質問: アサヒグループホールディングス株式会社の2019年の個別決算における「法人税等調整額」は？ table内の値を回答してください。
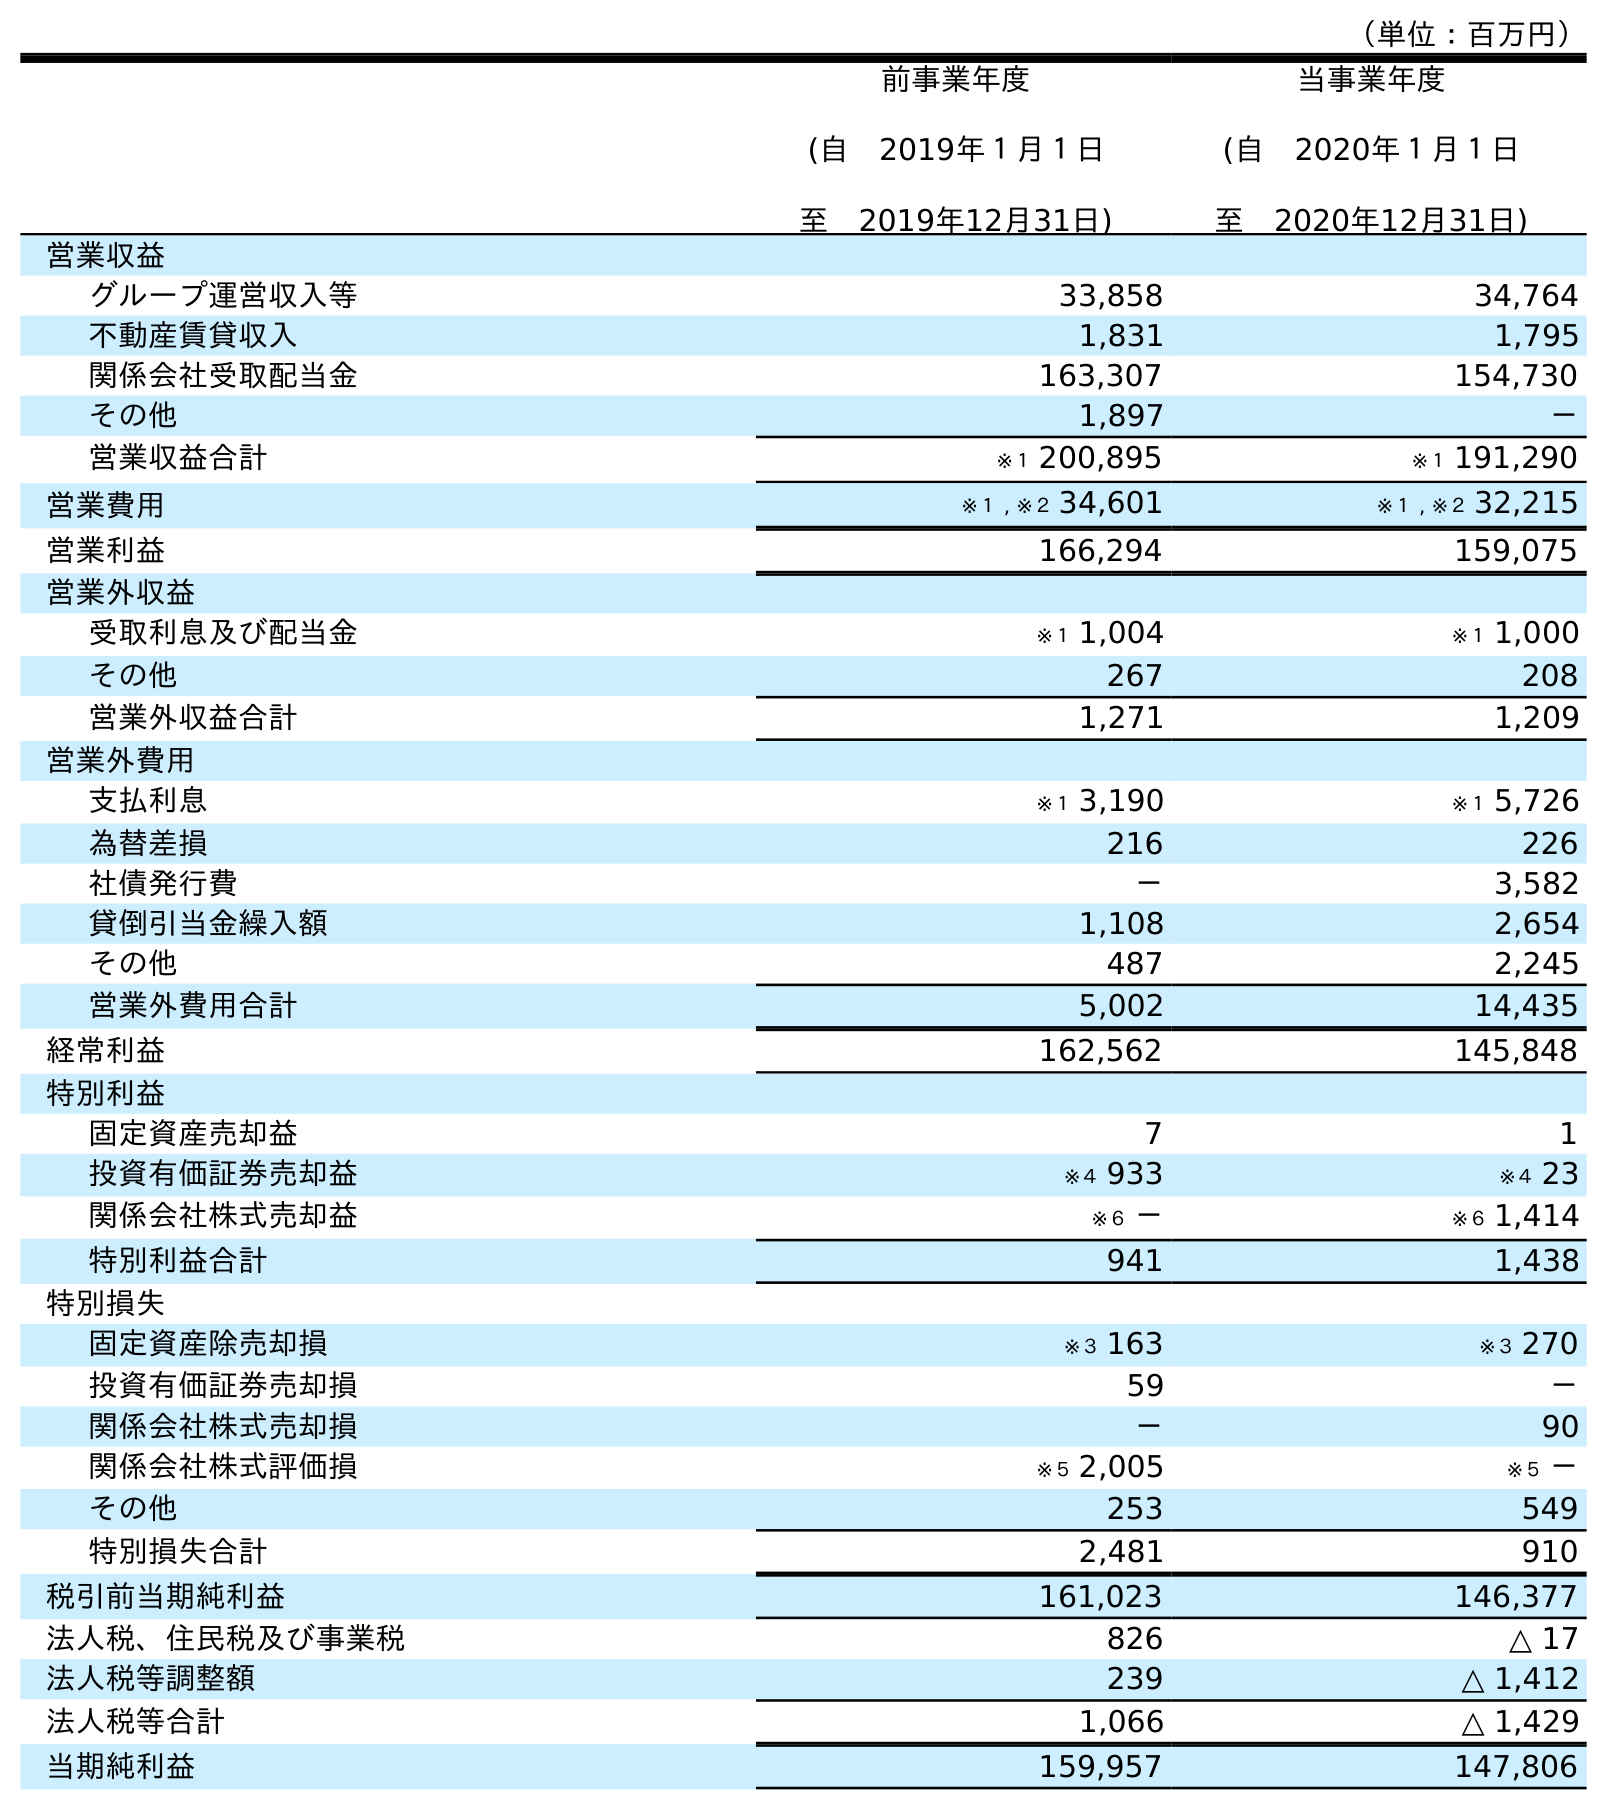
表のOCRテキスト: （単位：百万円） 前事業年度 (自 2019年１月１日 至 2019年12月31日) 当事業年度 (自 2020年１月１日 至 2020年12月31日) 営業収益 グループ運営収入等 33,858 34,764 不動産賃貸収入 1,831 1,795 関係会社受取配当金 163,307 154,730 その他 1,897 － 営業収益合計 ※１ 200,895 ※１ 191,290 営業費用 ※１ , ※２ 34,601 ※１ , ※２ 32,215 営業利益 166,294 159,075 営業外収益 受取利息及び配当金 ※１ 1,004 ※１ 1,000 その他 267 208 営業外収益合計 1,271 1,209 営業外費用 支払利息 ※１ 3,190 ※１ 5,726 為替差損 216 226 社債発行費 － 3,582 貸倒引当金繰入額 1,108 2,654 その他 487 2,245 営業外費用合計 5,002 14,435 経常利益 162,562 145,848 特別利益 固定資産売却益 7 1 投資有価証券売却益 ※４ 933 ※４ 23 関係会社株式売却益 ※６ － ※６ 1,414 特別利益合計 941 1,438 特別損失 固定資産除売却損 ※３ 163 ※３ 270 投資有価証券売却損 59 － 関係会社株式売却損 － 90 関係会社株式評価損 ※５ 2,005 ※５ － その他 253 549 特別損失合計 2,481 910 税引前当期純利益 161,023 146,377 法人税、住民税及び事業税 826 △ 17 法人税等調整額 239 △ 1,412 法人税等合計 1,066 △ 1,429 当期純利益 159,957 147,806
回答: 239